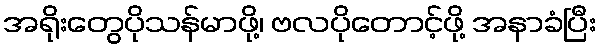
အရိုးတွေပိုသန်မာဖို့၊ ဗလပိုတောင့်ဖို့ အနာခံပြီး